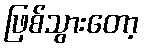
ဖြစ်သွားတော့